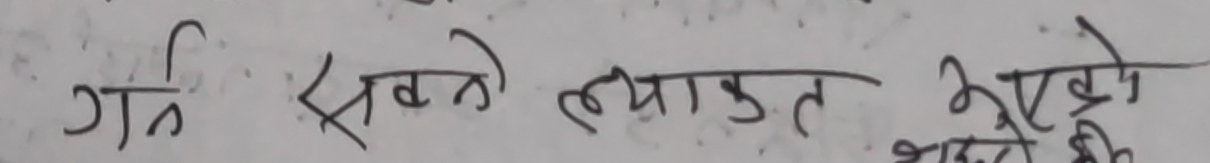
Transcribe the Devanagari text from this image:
गति सबको ल्याकृत भएको